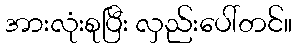
အားလုံးစုပြီး လှည်းပေါ်တင်။